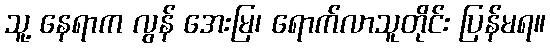
သူ့ နေရာက လွန် အေးမြ၊ ရောက်လာသူတိုင်း ပြန်မရ။